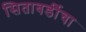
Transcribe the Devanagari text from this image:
सिताबर्डीचा